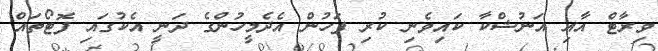
ވިރާޓް އާއި އަނުޝްކާ ކައިވެނި ކުރި ފަހުން އެދެމީހުންގެ ދަނީ އެކުގައި ފޮޓޯތައް